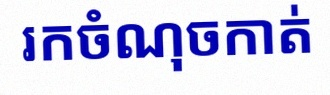
រកចំណុចកាត់